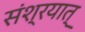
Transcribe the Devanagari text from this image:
संश्रयात्